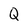
Character: Q